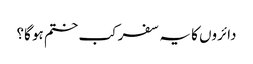
دائروں کا یہ سفر کب ختم ہو گا؟